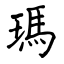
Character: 瑪